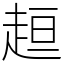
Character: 𧻚